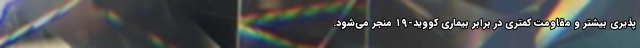
پذیری بیشتر و مقاومت کمتری در برابر بیماری کووید-۱۹ منجر می‌شود.